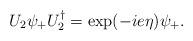
LaTeX: \begin{align*}U_2 \psi_+ U_2^\dagger = \exp(-ie\eta) \psi_+.\end{align*}